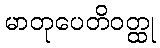
မာတုပေတိဝတ္ထု